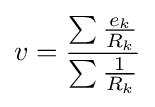
v={\frac {\sum {\frac {e_{k}}{R_{k}}}}{\sum {\frac {1}{R_{k}}}}}